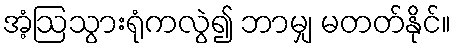
အံ့ဩသွားရုံကလွဲ၍ ဘာမျှ မတတ်နိုင်။